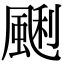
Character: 䬆